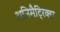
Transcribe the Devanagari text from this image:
अनिमैट्रिक्स